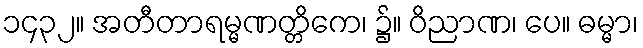
၁၄၃၂။ အတီတာရမ္မဏတ္တိကေ၊ ၌။ ဝိညာဏ၊ ပေ။ ဓမ္မာ၊